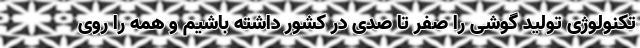
تکنولوژی تولید گوشی را صفر تا صدی در کشور داشته باشیم و همه را روی